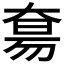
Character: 𫯭